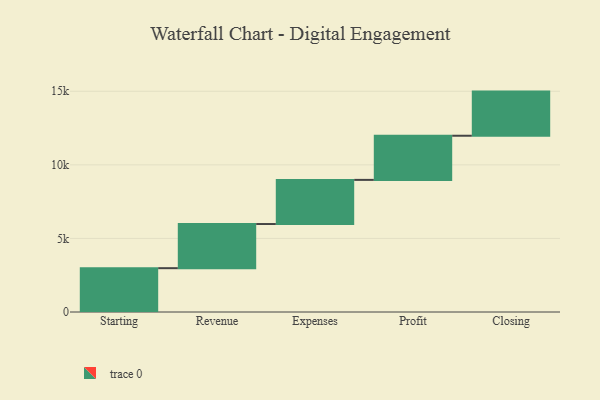
{"axis": {"x": "Step", "y": "Value"}, "legend": [""], "data": [{"x": "Starting", "y": 2978.0, "type": ""}, {"x": "Revenue", "y": 3000, "type": ""}, {"x": "Expenses", "y": 3000, "type": ""}, {"x": "Profit", "y": 3000, "type": ""}, {"x": "Closing", "y": 3000, "type": ""}]}